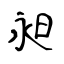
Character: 昶